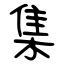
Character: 集